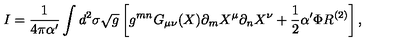
I = \frac { 1 } { 4 \pi \alpha ^ { \prime } } \int d ^ { 2 } \sigma \sqrt { g } \left[ g ^ { m n } G _ { \mu \nu } ( X ) \partial _ { m } X ^ { \mu } \partial _ { n } X ^ { \nu } + \frac { 1 } { 2 } \alpha ^ { \prime } \Phi R ^ { ( 2 ) } \right] ,